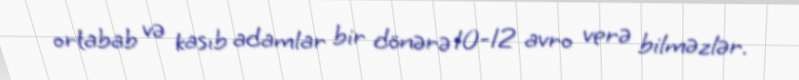
ortabab və kasıb adamlar bir dönərə 10-12 avro verə bilməzlər.